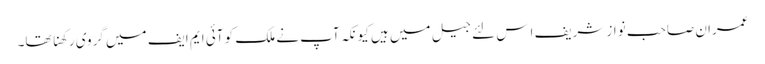
عمران صاحب نواز شریف اِس لئے جیل میں ہیں کیونکہ آپ نے ملک کو آئی ایم ایف میں گروی رکھنا تھا۔